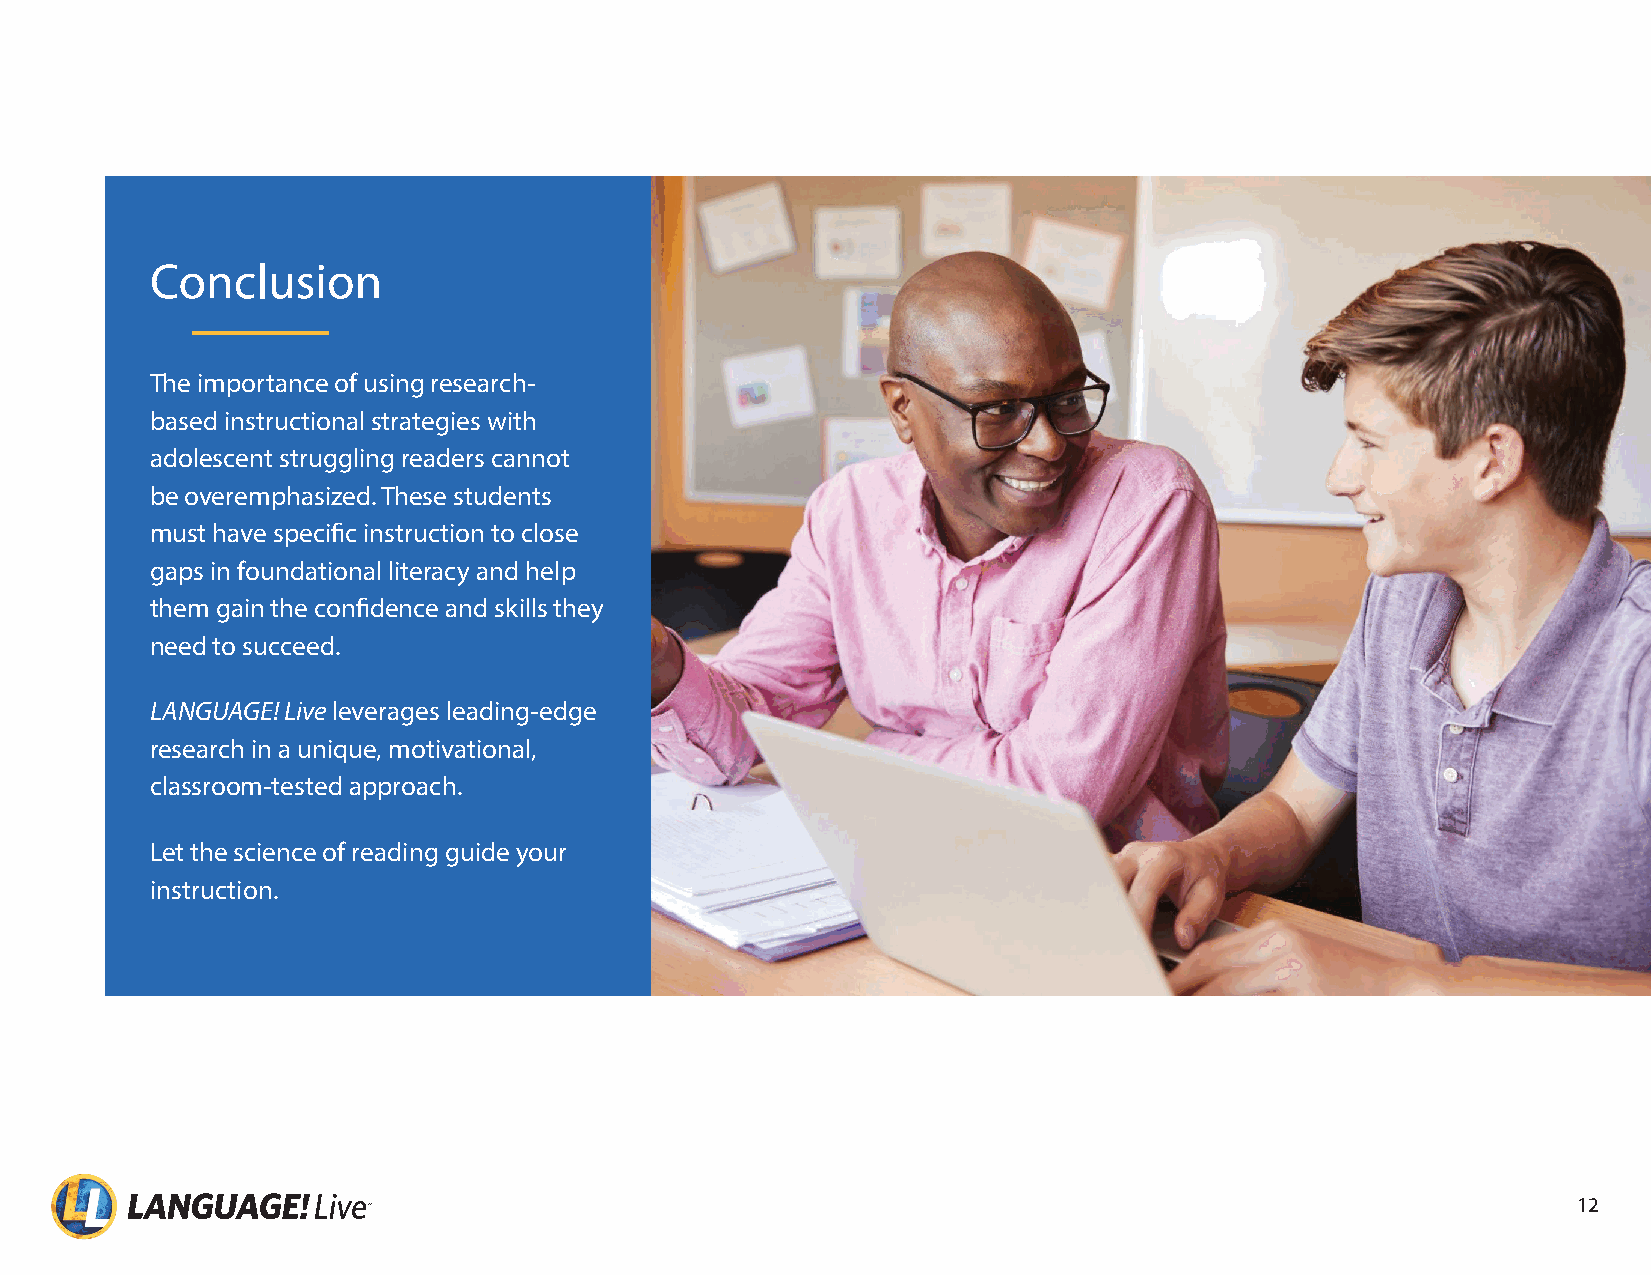
Conclusion
 The importance of using research-
 based instructional strategies with
 adolescent struggling readers cannot
 be overemphasized These students
 must have specific instruction to close
 gaps in foundational literacy and help
 them gain the confidence and skills they
 need to succeed
 LANGUAGE! Live leverages leading-edge
 research in a unique, motivational,
 classroom-tested approach
 Let the science of reading guide your
 instruction
 1122